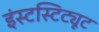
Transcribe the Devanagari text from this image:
इंस्टस्टिट्यूट